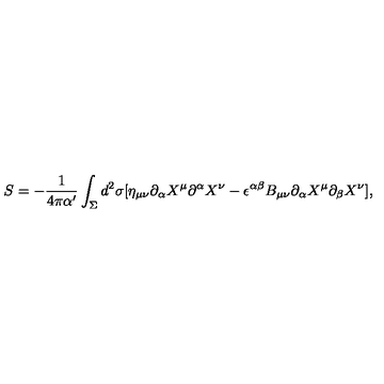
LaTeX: S = - \frac { 1 } { 4 \pi \alpha ^ { \prime } } \int _ { \Sigma } d ^ { 2 } \sigma [ \eta _ { \mu \nu } \partial _ { \alpha } X ^ { \mu } \partial ^ { \alpha } X ^ { \nu } - \epsilon ^ { \alpha \beta } B _ { \mu \nu } \partial _ { \alpha } X ^ { \mu } \partial _ { \beta } X ^ { \nu } ] ,